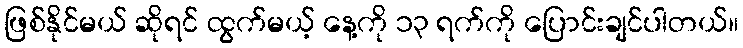
ဖြစ်နိုင်မယ် ဆိုရင် ထွက်မယ့် နေ့ကို ၁၃ ရက်ကို ပြောင်းချင်ပါတယ်။